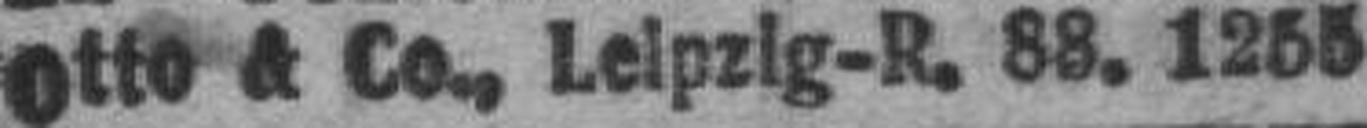
Otto & Co., Leipzig-R. 88. 1255